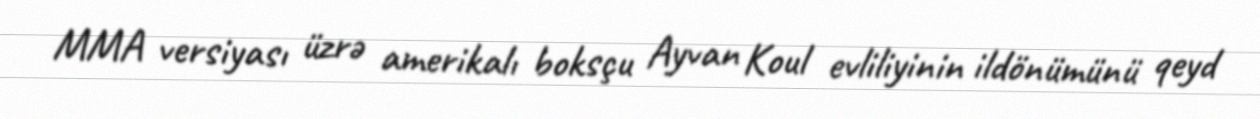
MMA versiyası üzrə amerikalı boksçu Ayvan Koul evliliyinin ildönümünü qeyd